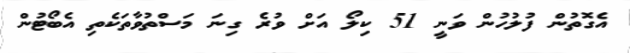
އެގޮތުން ފުލުހުން ވަނީ 51 ކިލޯ އަށް ވުރެ ގިނަ މަސްތުވާތަކެތި އެބޯޓުން